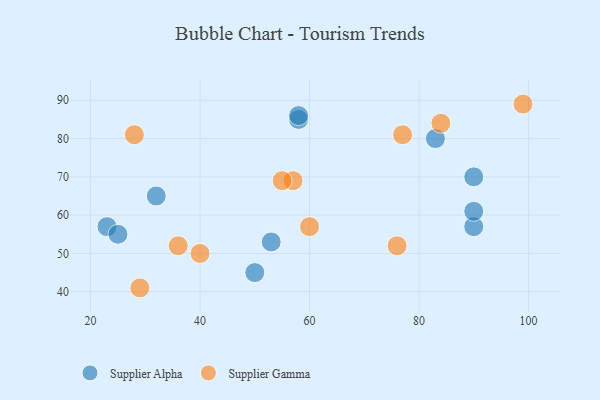
{"axis": {"x": "GDP", "y": "Life Expectancy"}, "legend": ["Supplier Alpha", "Supplier Gamma"], "data": [{"x": "32", "y": 65, "type": "Supplier Alpha"}, {"x": "23", "y": 57, "type": "Supplier Alpha"}, {"x": "58", "y": 85, "type": "Supplier Alpha"}, {"x": "53", "y": 53, "type": "Supplier Alpha"}, {"x": "58", "y": 86, "type": "Supplier Alpha"}, {"x": "90", "y": 70, "type": "Supplier Alpha"}, {"x": "90", "y": 57, "type": "Supplier Alpha"}, {"x": "50", "y": 45, "type": "Supplier Alpha"}, {"x": "83", "y": 80, "type": "Supplier Alpha"}, {"x": "90", "y": 61, "type": "Supplier Alpha"}, {"x": "25", "y": 55, "type": "Supplier Alpha"}, {"x": "57", "y": 69, "type": "Supplier Gamma"}, {"x": "99", "y": 89, "type": "Supplier Gamma"}, {"x": "36", "y": 52, "type": "Supplier Gamma"}, {"x": "55", "y": 69, "type": "Supplier Gamma"}, {"x": "60", "y": 57, "type": "Supplier Gamma"}, {"x": "29", "y": 41, "type": "Supplier Gamma"}, {"x": "84", "y": 84, "type": "Supplier Gamma"}, {"x": "76", "y": 52, "type": "Supplier Gamma"}, {"x": "28", "y": 81, "type": "Supplier Gamma"}, {"x": "77", "y": 81, "type": "Supplier Gamma"}, {"x": "40", "y": 50, "type": "Supplier Gamma"}]}